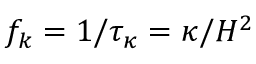
f _ { k } = 1 / \tau _ { \kappa } = \kappa / H ^ { 2 }